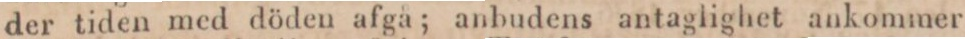
der tiden med döden afgå; anbudens antaglighet ankommer